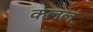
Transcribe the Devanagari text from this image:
कललं